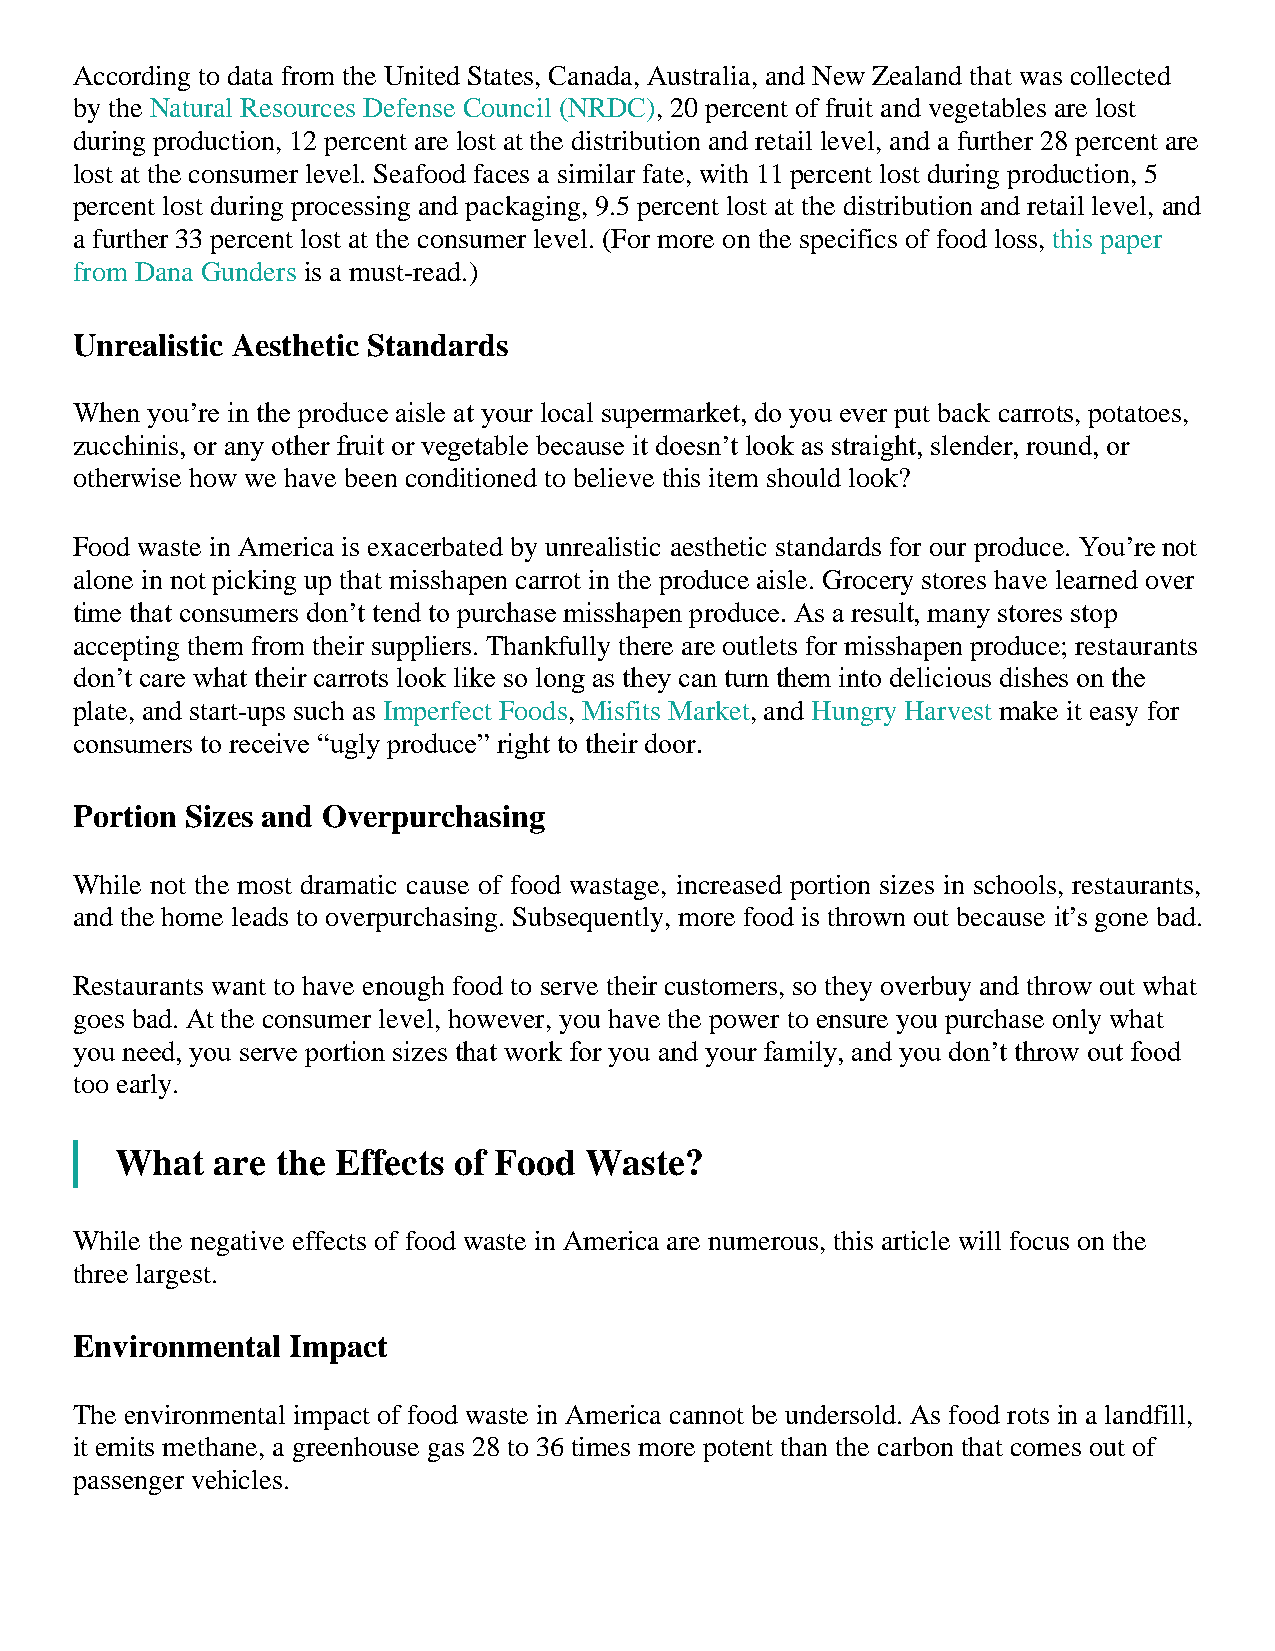
According to data from the United States, Canada, Australia, and New Zealand that was collected
 by the Natural Resources Defense Council (NRDC), 20 percent of fruit and vegetables are lost
 during production, 12 percent are lost at the distribution and retail level, and a further 28 percent are
 lost at the consumer level. Seafood faces a similar fate, with 11 percent lost during production, 5
 percent lost during processing and packaging, 9.5 percent lost at the distribution and retail level, and
 a further 33 percent lost at the consumer level. (For more on the specifics of food loss, this paper
 from Dana Gunders is a must-read.)
 Unrealistic Aesthetic Standards
 When you’re in the produce aisle at your local supermarket, do you ever put back carrots, potatoes,
 zucchinis, or any other fruit or vegetable because it doesn’t look as straight, slender, round, or
 otherwise how we have been conditioned to believe this item should look?
 Food waste in America is exacerbated by unrealistic aesthetic standards for our produce. You’re not
 alone in not picking up that misshapen carrot in the produce aisle. Grocery stores have learned over
 time that consumers don’t tend to purchase misshapen produce. As a result, many stores stop
 accepting them from their suppliers. Thankfully there are outlets for misshapen produce; restaurants
 don’t care what their carrots look like so long as they can turn them into delicious dishes on the
 plate, and start-ups such as Imperfect Foods, Misfits Market, and Hungry Harvest make it easy for
 consumers to receive “ugly produce” right to their door.
 Portion Sizes and Overpurchasing
 While not the most dramatic cause of food wastage, increased portion sizes in schools, restaurants,
 and the home leads to overpurchasing. Subsequently, more food is thrown out because it’s gone bad.
 Restaurants want to have enough food to serve their customers, so they overbuy and throw out what
 goes bad. At the consumer level, however, you have the power to ensure you purchase only what
 you need, you serve portion sizes that work for you and your family, and you don’t throw out food
 too early.
 What  are the Effects of Food  Waste?
 While the negative effects of food waste in America are numerous, this article will focus on the
 three largest.
 Environmental Impact
 The environmental impact of food waste in America cannot be undersold. As food rots in a landfill,
 it emits methane, a greenhouse gas 28 to 36 times more potent than the carbon that comes out of
 passenger vehicles.